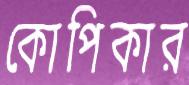
কোপিকার